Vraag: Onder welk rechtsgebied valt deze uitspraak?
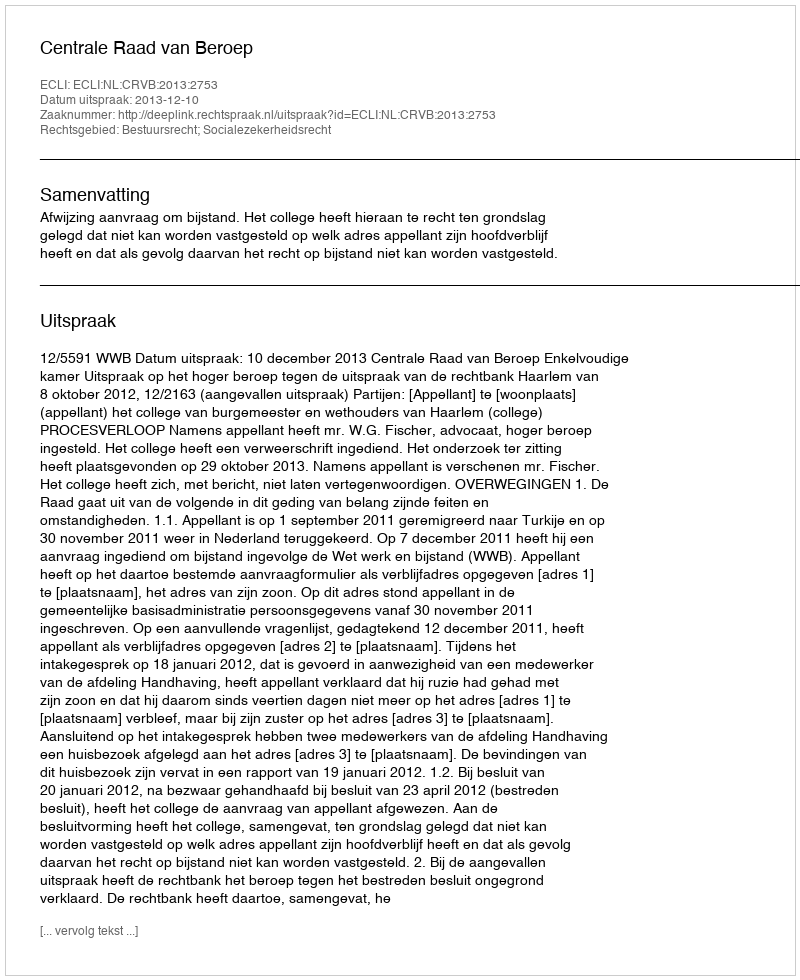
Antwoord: Bestuursrecht; Socialezekerheidsrecht